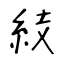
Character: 𥿔